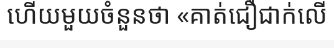
ហើយមួយចំនួនថា «គាត់ជឿជាក់លើ